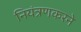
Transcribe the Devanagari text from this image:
नियंत्रणकरने